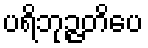
ပရိဘုဉ္ဇတိပေ